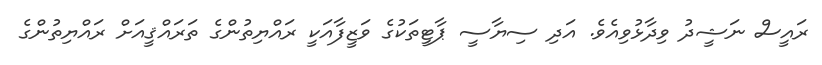
ރައީސް ނަޝީދު ވިދާޅުވިއެވެ. އަދި ސިޔާސީ ޕާޓީތަކުގެ ވަޒީފާއަކީ ރައްޔިތުންގެ ތަރައްޤީއަށް ރައްޔިތުންގެ